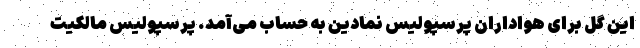
این گل برای هواداران پرسپولیس نمادین به حساب می‌آمد. پرسپولیس مالکیت